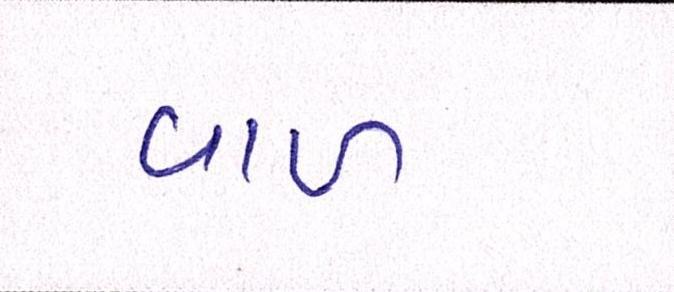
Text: વાળ